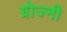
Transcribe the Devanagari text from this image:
ग्रोज्नी